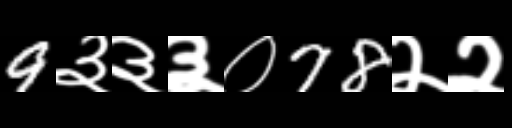
Text: 9३३३०78२२